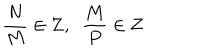
LaTeX: { \frac { N } { M } } \in { \bf Z } , \, \, \, { \frac { M } { P } } \in { \bf Z }